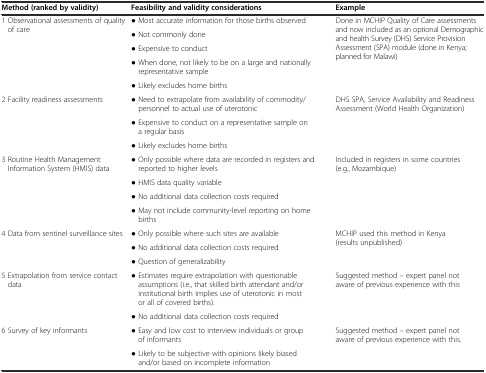
| Method (ranked by validity) | Feasibility and validity considerations | Example |
 | --- | --- | --- |
 | <ROWSPAN=5> 1 Observational assessments of quality of care | ● Most accurate information for those births observed | <ROWSPAN=5> Done in MCHIP Quality of Care assessments and now included as an optional Demographic and health Survey (DHS) Service Provision Assessment (SPA) module (done in Kenya; planned for Malawi) |
 | ● Not commonly done |
 | ● Expensive to conduct |
 | ● When done, not likely to be on a large and nationally representative sample |
 | ● Likely excludes home births |
 | <ROWSPAN=3> 2 Facility readiness assessments | ● Need to extrapolate from availability of commodity/personnel to actual use of uterotonic | <ROWSPAN=3> DHS SPA, Service Availability and Readiness Assessment (World Health Organization) |
 | ● Expensive to conduct on a representative sample on a regular basis |
 | ● Likely excludes home births |
 | <ROWSPAN=4> 3 Routine Health Management Information System (HMIS) data | ● Only possible where data are recorded in registers and reported to higher levels | <ROWSPAN=4> Included in registers in some countries (e.g., Mozambique) |
 | ● HMIS data quality variable |
 | ● No additional data collection costs required |
 | ● May not include community-level reporting on home births |
 | <ROWSPAN=3> 4 Data from sentinel surveillance sites | ● Only possible where such sites are available | <ROWSPAN=3> MCHIP used this method in Kenya (results unpublished) |
 | ● No additional data collection costs required |
 | ● Question of generalizability |
 | <ROWSPAN=2> 5 Extrapolation from service contact data | ● Estimates require extrapolation with questionable assumptions (i.e., that skilled birth attendant and/or institutional birth implies use of uterotonic in most or all of covered births). | <ROWSPAN=2> Suggested method – expert panel not aware of previous experience with this |
 | ● No additional data collection costs required |
 | <ROWSPAN=2> 6 Survey of key informants | ● Easy and low cost to interview individuals or group of informants | <ROWSPAN=2> Suggested method – expert panel not aware of previous experience with this. |
 | ● Likely to be subjective with opinions likely biased and/or based on incomplete information |